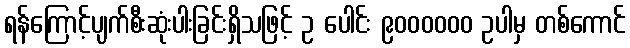
ရန်ကြောင့်ပျက်စီးဆုံးပါးခြင်းရှိသဖြင့် ဥ ပေါင်း ၉၀၀၀၀၀၀ ဥပါမှ တစ်ကောင်